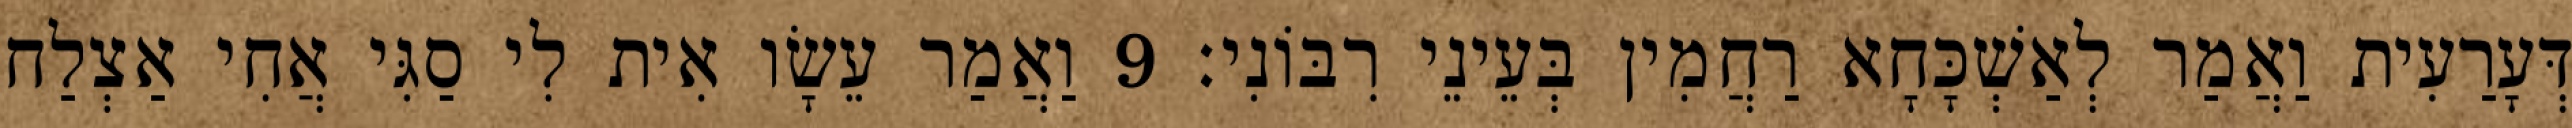
דְּעָרַעִית וַאֲמַר לְאַשְׁכָּחָא רַחֲמִין בְּעֵינֵי רִבּוֹנִי׃ 9 וַאֲמַר עֵשָׂו אִית לִי סַגִּי אֲחִי אַצְלַח